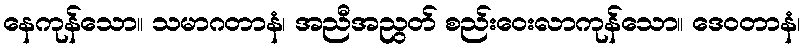
နေကုန်သော။ သမာဂတာနံ၊ အညီအညွတ် စည်းဝေးလာကုန်သော။ ဒေဝတာနံ၊